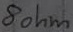
Text: 8ohm